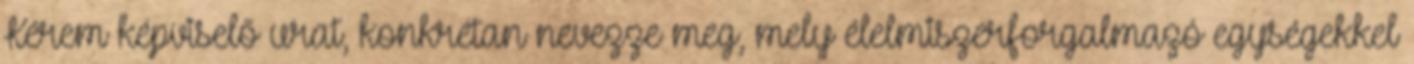
Kérem képviselő urat, konkrétan nevezze meg, mely élelmiszerforgalmazó egységekkel